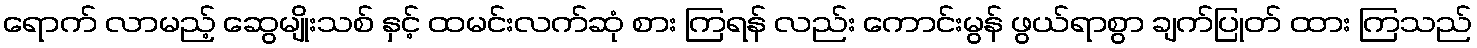
ရောက် လာမည့် ဆွေမျိုးသစ် နှင့် ထမင်းလက်ဆုံ စား ကြရန် လည်း ကောင်းမွန် ဖွယ်ရာစွာ ချက်ပြုတ် ထား ကြသည်